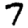
Digit: 7